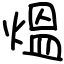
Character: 熅